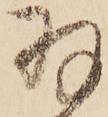
羽